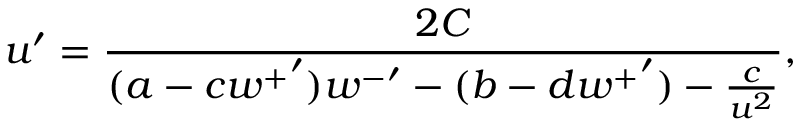
u ^ { \prime } = \frac { 2 C } { ( a - c { w ^ { + } } ^ { \prime } ) { w ^ { - } } ^ { \prime } - ( b - d { w ^ { + } } ^ { \prime } ) - \frac { c } { u ^ { 2 } } } ,